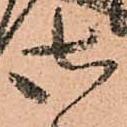
御